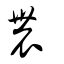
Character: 農